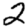
Digit: 2